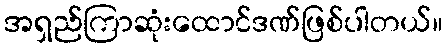
အရှည်ကြာဆုံးထောင်ဒဏ်ဖြစ်ပါတယ်။